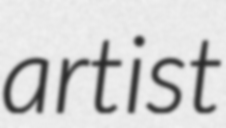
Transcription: artist